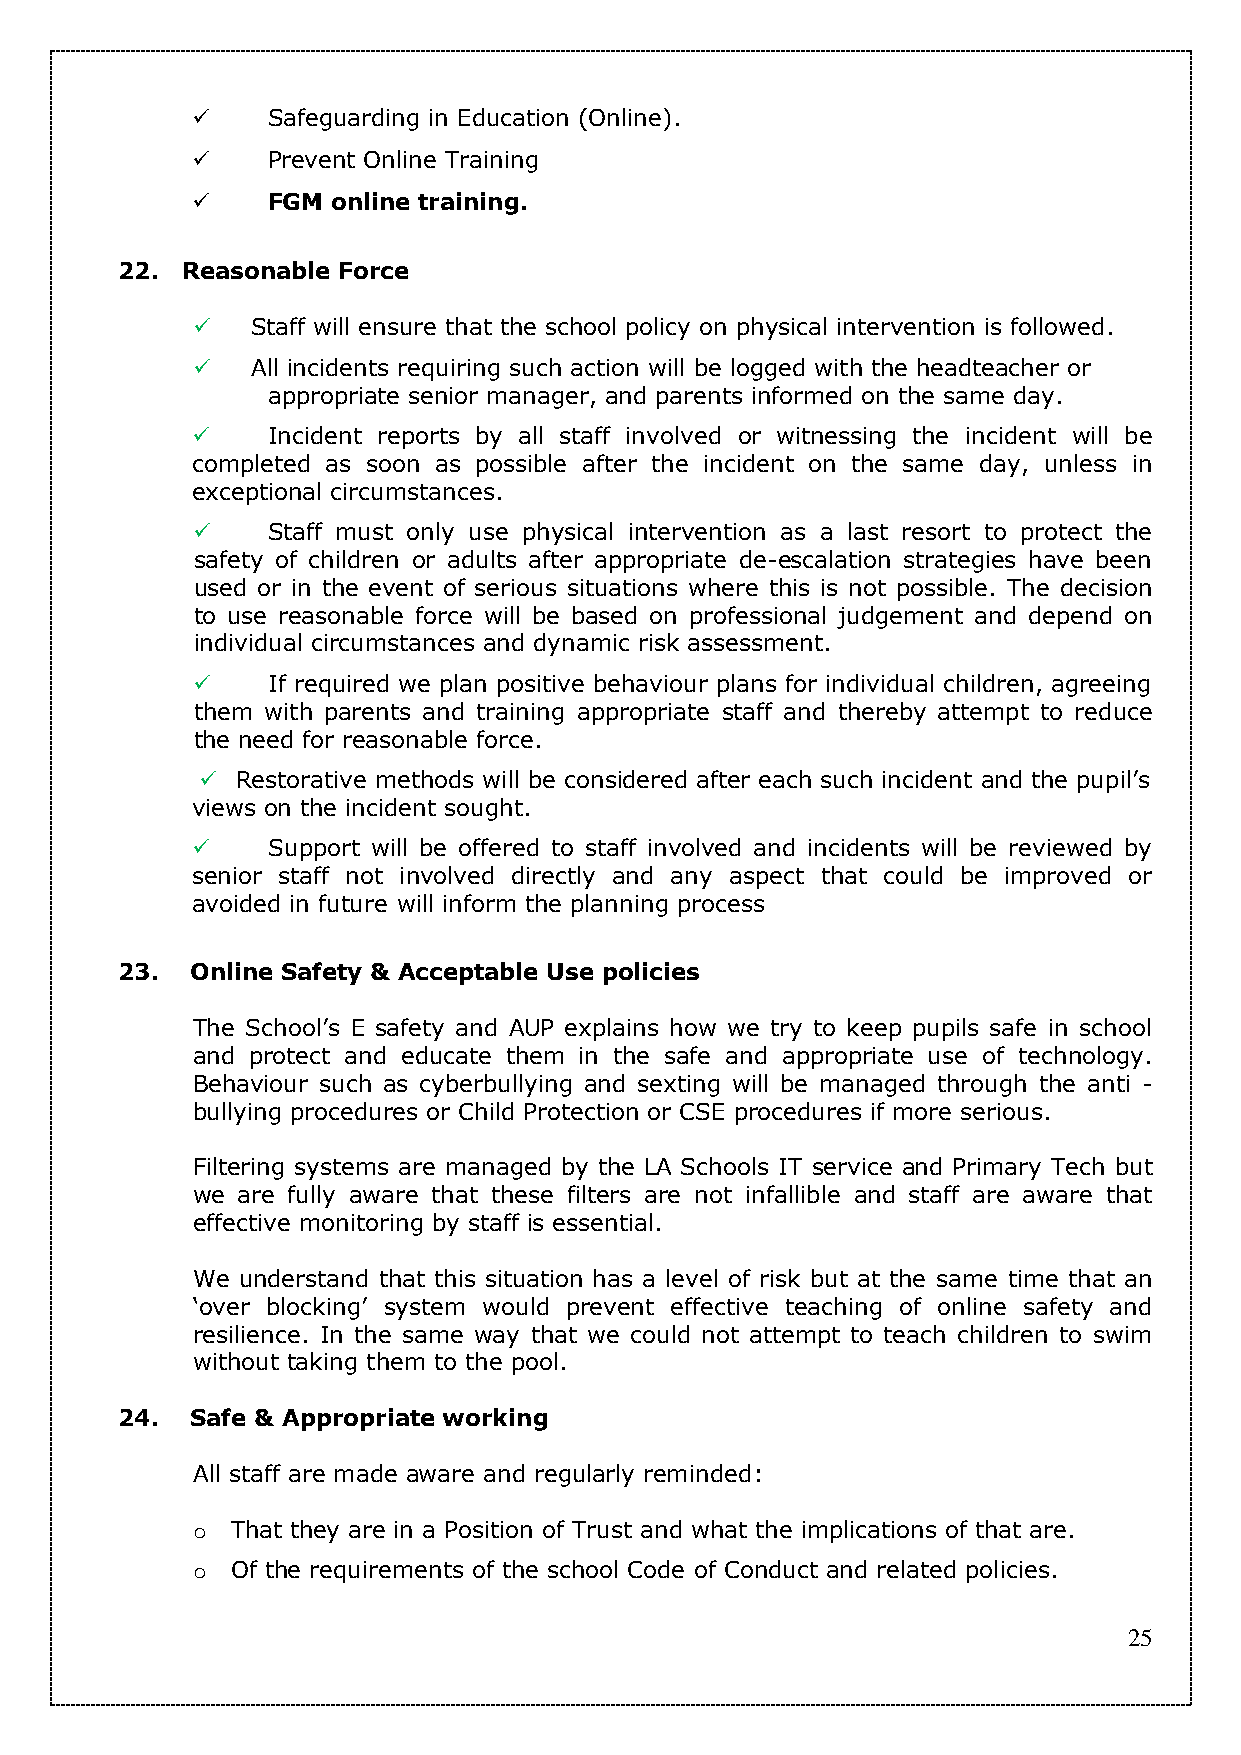
    Safeguarding in Education (Online).
     Prevent Online Training
     FGM online training.
 22. Reasonable Force
    Staff will ensure that the school policy on physical intervention is followed.
    All incidents requiring such action will be logged with the headteacher or
 appropriate senior manager, and parents informed on the same day.
     Incident reports by all staff involved or witnessing the incident will be
 completed as soon as possible after the incident on the same day, unless in
 exceptional circumstances.
     Staff must only use physical intervention as a last resort to protect the
 safety of children or adults after appropriate de-escalation strategies have been
 used or in the event of serious situations where this is not possible. The decision
 to use reasonable force will be based on professional judgement and depend on
 individual circumstances and dynamic risk assessment.
     If required we plan positive behaviour plans for individual children, agreeing
 them with parents and training appropriate staff and thereby attempt to reduce
 the need for reasonable force.
   Restorative methods will be considered after each such incident and the pupil’s
 views on the incident sought.
     Support will be offered to staff involved and incidents will be reviewed by
 senior staff not involved directly and any aspect that could be improved or
 avoided in future will inform the planning process
 23.  Online Safety & Acceptable Use policies
 The School’s E safety and AUP explains how we try to keep pupils safe in school
 and protect and educate them in the safe and appropriate use of technology.
 Behaviour such as cyberbullying and sexting will be managed through the anti -
 bullying procedures or Child Protection or CSE procedures if more serious.
 Filtering systems are managed by the LA Schools IT service and Primary Tech but
 we are fully aware that these filters are not infallible and staff are aware that
 effective monitoring by staff is essential.
 We understand that this situation has a level of risk but at the same time that an
 ‘over blocking’ system would prevent effective teaching of online safety and
 resilience. In the same way that we could not attempt to teach children to swim
 without taking them to the pool.
 24.  Safe & Appropriate working
 All staff are made aware and regularly reminded:
 o That they are in a Position of Trust and what the implications of that are.
 o Of the requirements of the school Code of Conduct and related policies.
 25